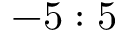
- 5 : 5